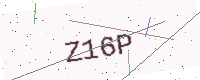
Text: Z16P